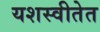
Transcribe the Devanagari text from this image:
यशस्वीतेत